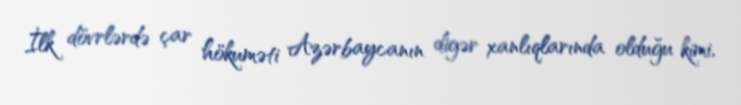
İlk dövrlərdə çar hökuməti Azərbaycanın digər xanlıqlarında olduğu kimi,